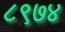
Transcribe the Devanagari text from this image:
८९७४